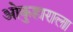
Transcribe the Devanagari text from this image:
ओकुहाराला